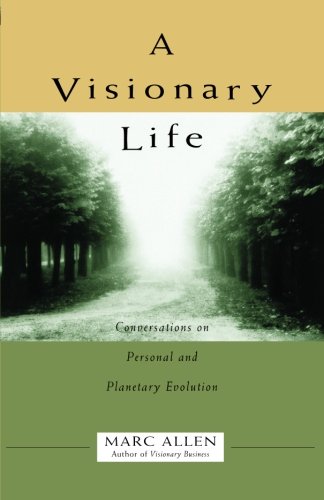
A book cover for A Visionary Life: Conversations on Personal and Planetary Evolution; Marc Allen; Health, Fitness & Dieting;